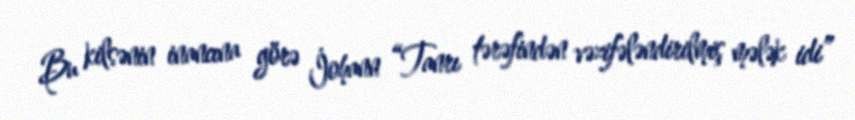
Bu kilsənin inancına görə İohann “Tanrı tərəfindən vəzifələndirilmiş mələk idi”